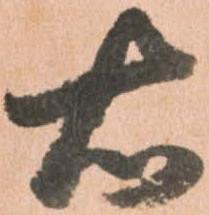
右